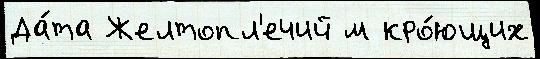
Да́та Желтопл'ечий м кро́ющих